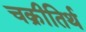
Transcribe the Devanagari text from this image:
चक्रीतिर्थ